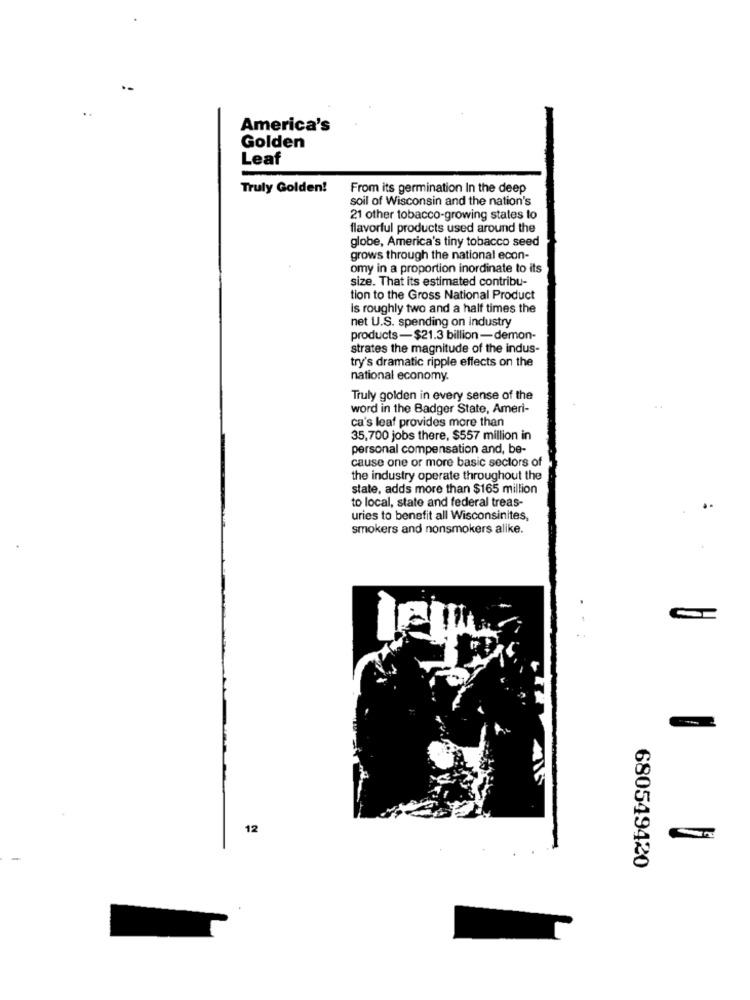
America's
Golden
Leaf
Truly Golden!
From its germination In the deep
soil of Wisconsin and the nation's
21 other tobacco-growing states to
flavorful products used around the
globe, America's tiny tobacco seed
grows through the national econ-
omy in a proportion inordinate to its
size. That its estimated contribu-
tion to the Gross National Product
is roughly two and a half times the
net U.S. spending on industry
products-$21.3 billion -demon-
strates the magnitude of the indus-
try's dramatic ripple effects on the
national economy.
Truly golden in every sense of the
word in the Badger State, Ameri-
ca's leaf provides more than
35,700 jobs there, $557 million in
personal compensation and, be-
cause one or more basic sectors of
the industry operate throughout the
state, adds more than $165 million
to local, state and federal treas-
uries to benefit all Wisconsinites,
smokers and nonsmokers alike.
12
680549420